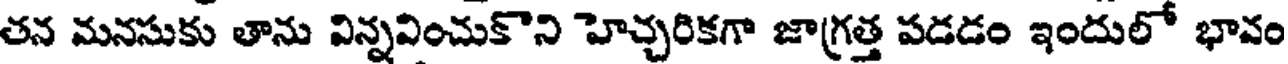
తన మనసుకు తాను విన్నవించుకొని హెచ్చరికగా జాగ్రత్త పడడం ఇందులో భావం